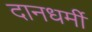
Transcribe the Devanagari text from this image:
दानधर्मी